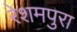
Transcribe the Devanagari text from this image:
रेशमपुरा